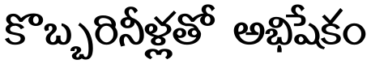
కొబ్బరినీళ్లతో అభిషేకం